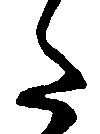
た